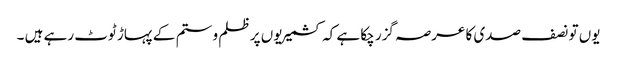
یوں تو نصف صدی کا عرصہ گزر چکا ہے کہ کشمیریوں پر ظلم و ستم کے پہاڑ ٹوٹ رہے ہیں ۔